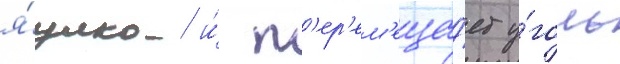
я́щика и́ п'ер'ем'еща́ет у́голь